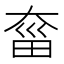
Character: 𡙂